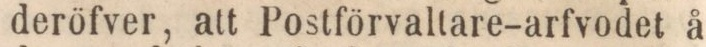
deröfver, att Postförvaltare-arfvodet å